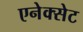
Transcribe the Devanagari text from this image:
एनेक्सेट